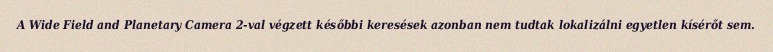
A Wide Field and Planetary Camera 2-val végzett későbbi keresések azonban nem tudtak lokalizálni egyetlen kísérőt sem.